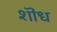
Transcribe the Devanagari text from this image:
शॊध